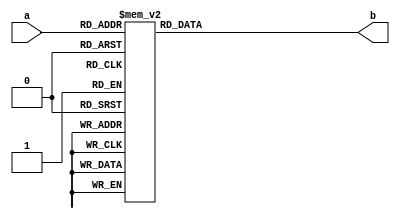
`timescale 1ns / 1ps
//////////////////////////////////////////////////////////////////////////////////
// Company: 
// Engineer: 
// 
// Design Name: 
// Module Name: display_decoder
// Project Name: 
// Target Devices: 
// Tool Versions: 
// Description: 
// 
// Dependencies: 
// 
// Revision:
// Revision 0.01 - File Created
// Additional Comments:
// 
//////////////////////////////////////////////////////////////////////////////////


module display_decoder(a,b);
    
    input wire [3:0] a;
    output reg [6:0] b;
    
    always@(a)
    begin
        case(a)
            4'b0000:b=7'b1111110;
            4'b0001:b=7'b0110000;
            4'b0010:b=7'b1101101;
            4'b0011:b=7'b1111001;
            4'b0100:b=7'b0110011;
            4'b0101:b=7'b1011011;
            4'b0110:b=7'b1011111;
            4'b0111:b=7'b1110000;
            4'b1000:b=7'b1111111;
            4'b1001:b=7'b1111011;
            default:b=7'b0000000;
        endcase
    end
endmodule